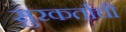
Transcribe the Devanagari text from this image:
सुरकर्ताची